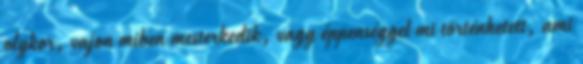
olykor, vajon miben mesterkedik, vagy éppenséggel mi történhetett, ami